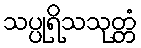
သပ္ပုရိသသုတ္တံ